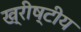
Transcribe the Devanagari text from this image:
ख्रीष्टीय